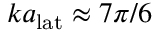
k a _ { \mathrm { l a t } } \approx 7 \pi / 6